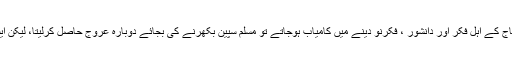
اگر اس سماج کے اہل فکر اور دانشور ، فکرِنو دینے میں کامیاب ہوجاتے تو مسلم سپین بکھرنے کی بجائے دوبارہ عروج حاصل کرلیتا، لیکن ایسا نہیں ہوا۔